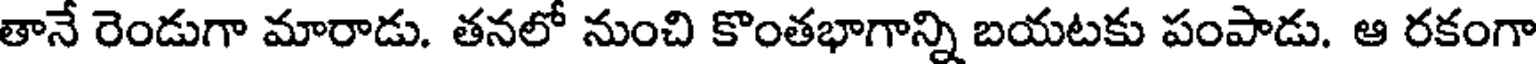
తానే రెండుగా మారాడు. తనలో నుంచి కొంతభాగాన్ని బయటకు పంపాడు. ఆ రకంగా